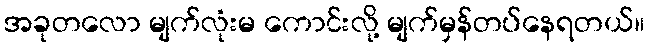
အခုတလော မျက်လုံးမ ကောင်းလို့ မျက်မှန်တပ်နေရတယ်။